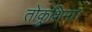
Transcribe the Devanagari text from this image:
तोकुशिमा।